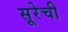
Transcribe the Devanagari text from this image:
सूरेची